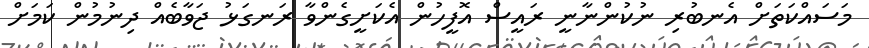
މަސައްކަތަށް އެނބުރި ނުކުންނާނީ ރައީސް އޮފީހުން އެކަށީގެންވާ ރަނގަޅު ޖަވާބެއް ދިނުމުން ކަމަށް